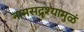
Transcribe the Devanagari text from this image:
नामसद्रृश्यामुळं